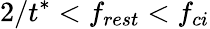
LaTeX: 2/t^{*}<f_{rest}<f_{ci}